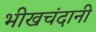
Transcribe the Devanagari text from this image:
भीखचंदानी